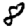
Digit: 8